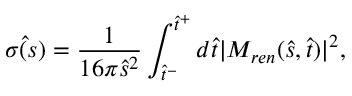
\hat { \sigma ( s ) } = \frac { 1 } { 1 6 \pi \hat { s } ^ { 2 } } \int _ { \hat { t } ^ { - } } ^ { \hat { t } ^ { + } } d \hat { t } \vert M _ { r e n } ( \hat { s } , \hat { t } ) \vert ^ { 2 } ,